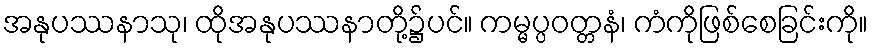
အနုပဿနာသု၊ ထိုအနုပဿနာတို့၌ပင်။ ကမ္မပ္ပဝတ္တနံ၊ ကံကိုဖြစ်စေခြင်းကို။